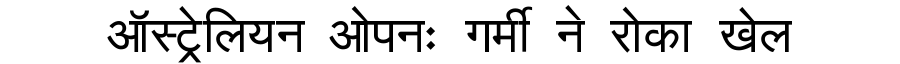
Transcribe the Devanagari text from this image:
ऑस्ट्रेलियन ओपनः गर्मी ने रोका खेल